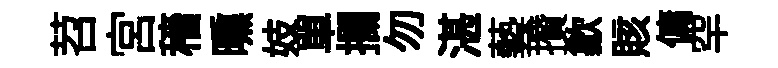
苕宫穡曛妓單攔勿湛藝攢歙賅傭罕